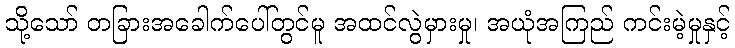
သို့သော် တခြားအခေါက်ပေါ်တွင်မူ အထင်လွဲမှားမှု၊ အယုံအကြည် ကင်းမဲ့မှုနှင့်